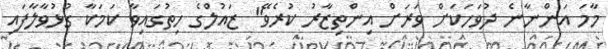
މާމަ އަންނާނެ ދުވަހަކަށް ވަރަށް އިންތިޒާރު ކުރެވޭ" ޒައުލްގެ ހިތުގައިވާ ކަމަކާ ގުޅުވާލާފައި